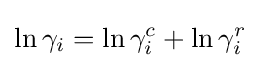
\ln \gamma _{i}=\ln \gamma _{i}^{c}+\ln \gamma _{i}^{r}